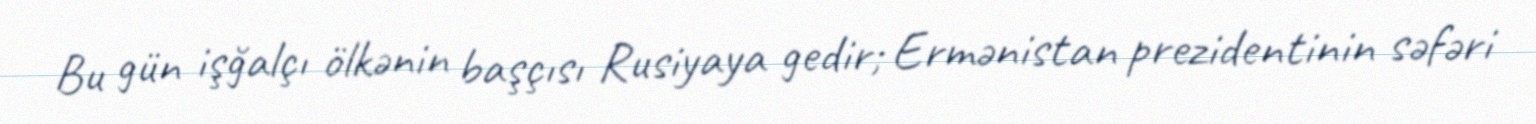
Bu gün işğalçı ölkənin başçısı Rusiyaya gedir; Ermənistan prezidentinin səfəri